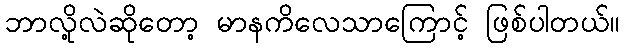
ဘာလို့လဲဆိုတော့ မာနကိလေသာကြောင့် ဖြစ်ပါတယ်။